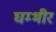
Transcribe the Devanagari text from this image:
घम्भीर